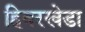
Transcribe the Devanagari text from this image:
हिवरखेडा